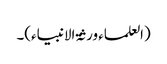
(العلماء ورثۃ الانبیاء)۔